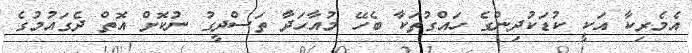
އެމެރިކާ އަކީ ކުޑަކުދިންގެ ހައްގުތަކާ ބެހޭ މުއާހަދާ ތަސްދީގު ނުކޮށް އޮތް ދެގައުމުގެ